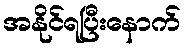
အနိုင်ရပြီးနောက်